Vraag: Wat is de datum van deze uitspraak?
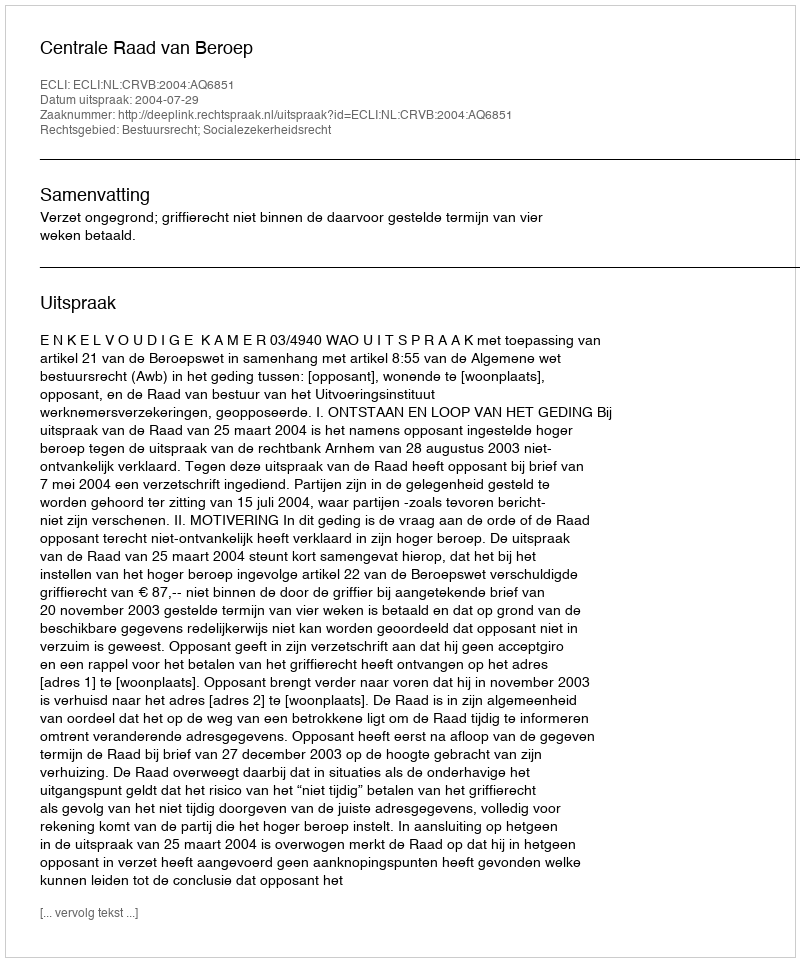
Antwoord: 2004-07-29